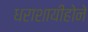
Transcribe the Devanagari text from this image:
धराशायीहोने